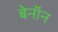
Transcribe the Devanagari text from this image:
बेनॉन